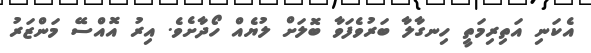
އެކަނި އަތިރިމަތީ ހިނގާލާ ބަރުވެފަވާ ބޮލަށް ލުޔެއް ހޯދާށެވެ. އިރު އޮއްސޭ މަންޒަރު